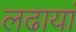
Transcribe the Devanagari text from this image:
लढायां